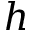
h